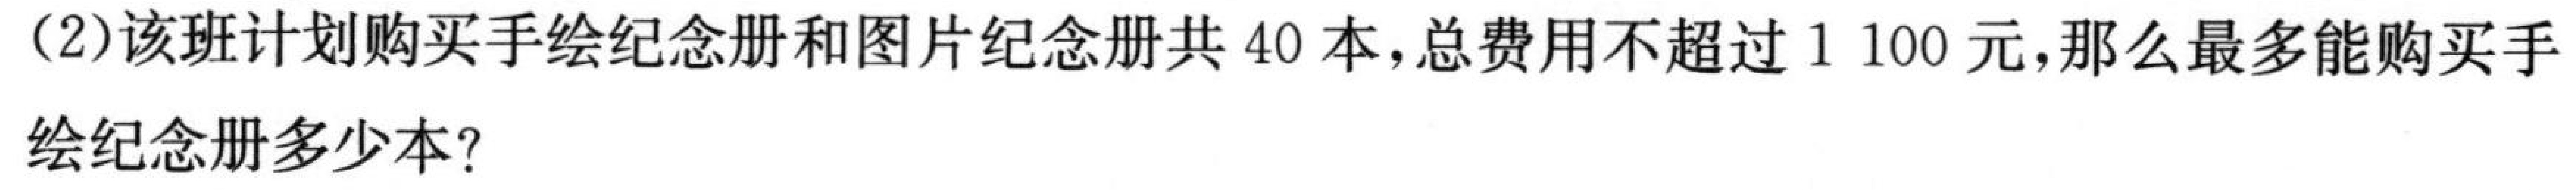
（2）该班计划购买手绘纪念册和图片纪念册共 \(40\) 本，总费用不超过 \(1100\) 元，那么最多能购买手
绘纪念册多少本？